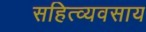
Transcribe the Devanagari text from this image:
सहित्व्यवसाय